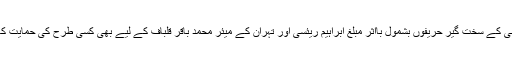
تاہم انہوں نے روحانی کے سخت گیر حریفوں بشمول بااثر مبلغ ابراہیم ریئسی اور تہران کے میئر محمد باقر قلباف کے لیے بھی کسی طرح کی حمایت کا اظہار نہیں کیا ہے۔